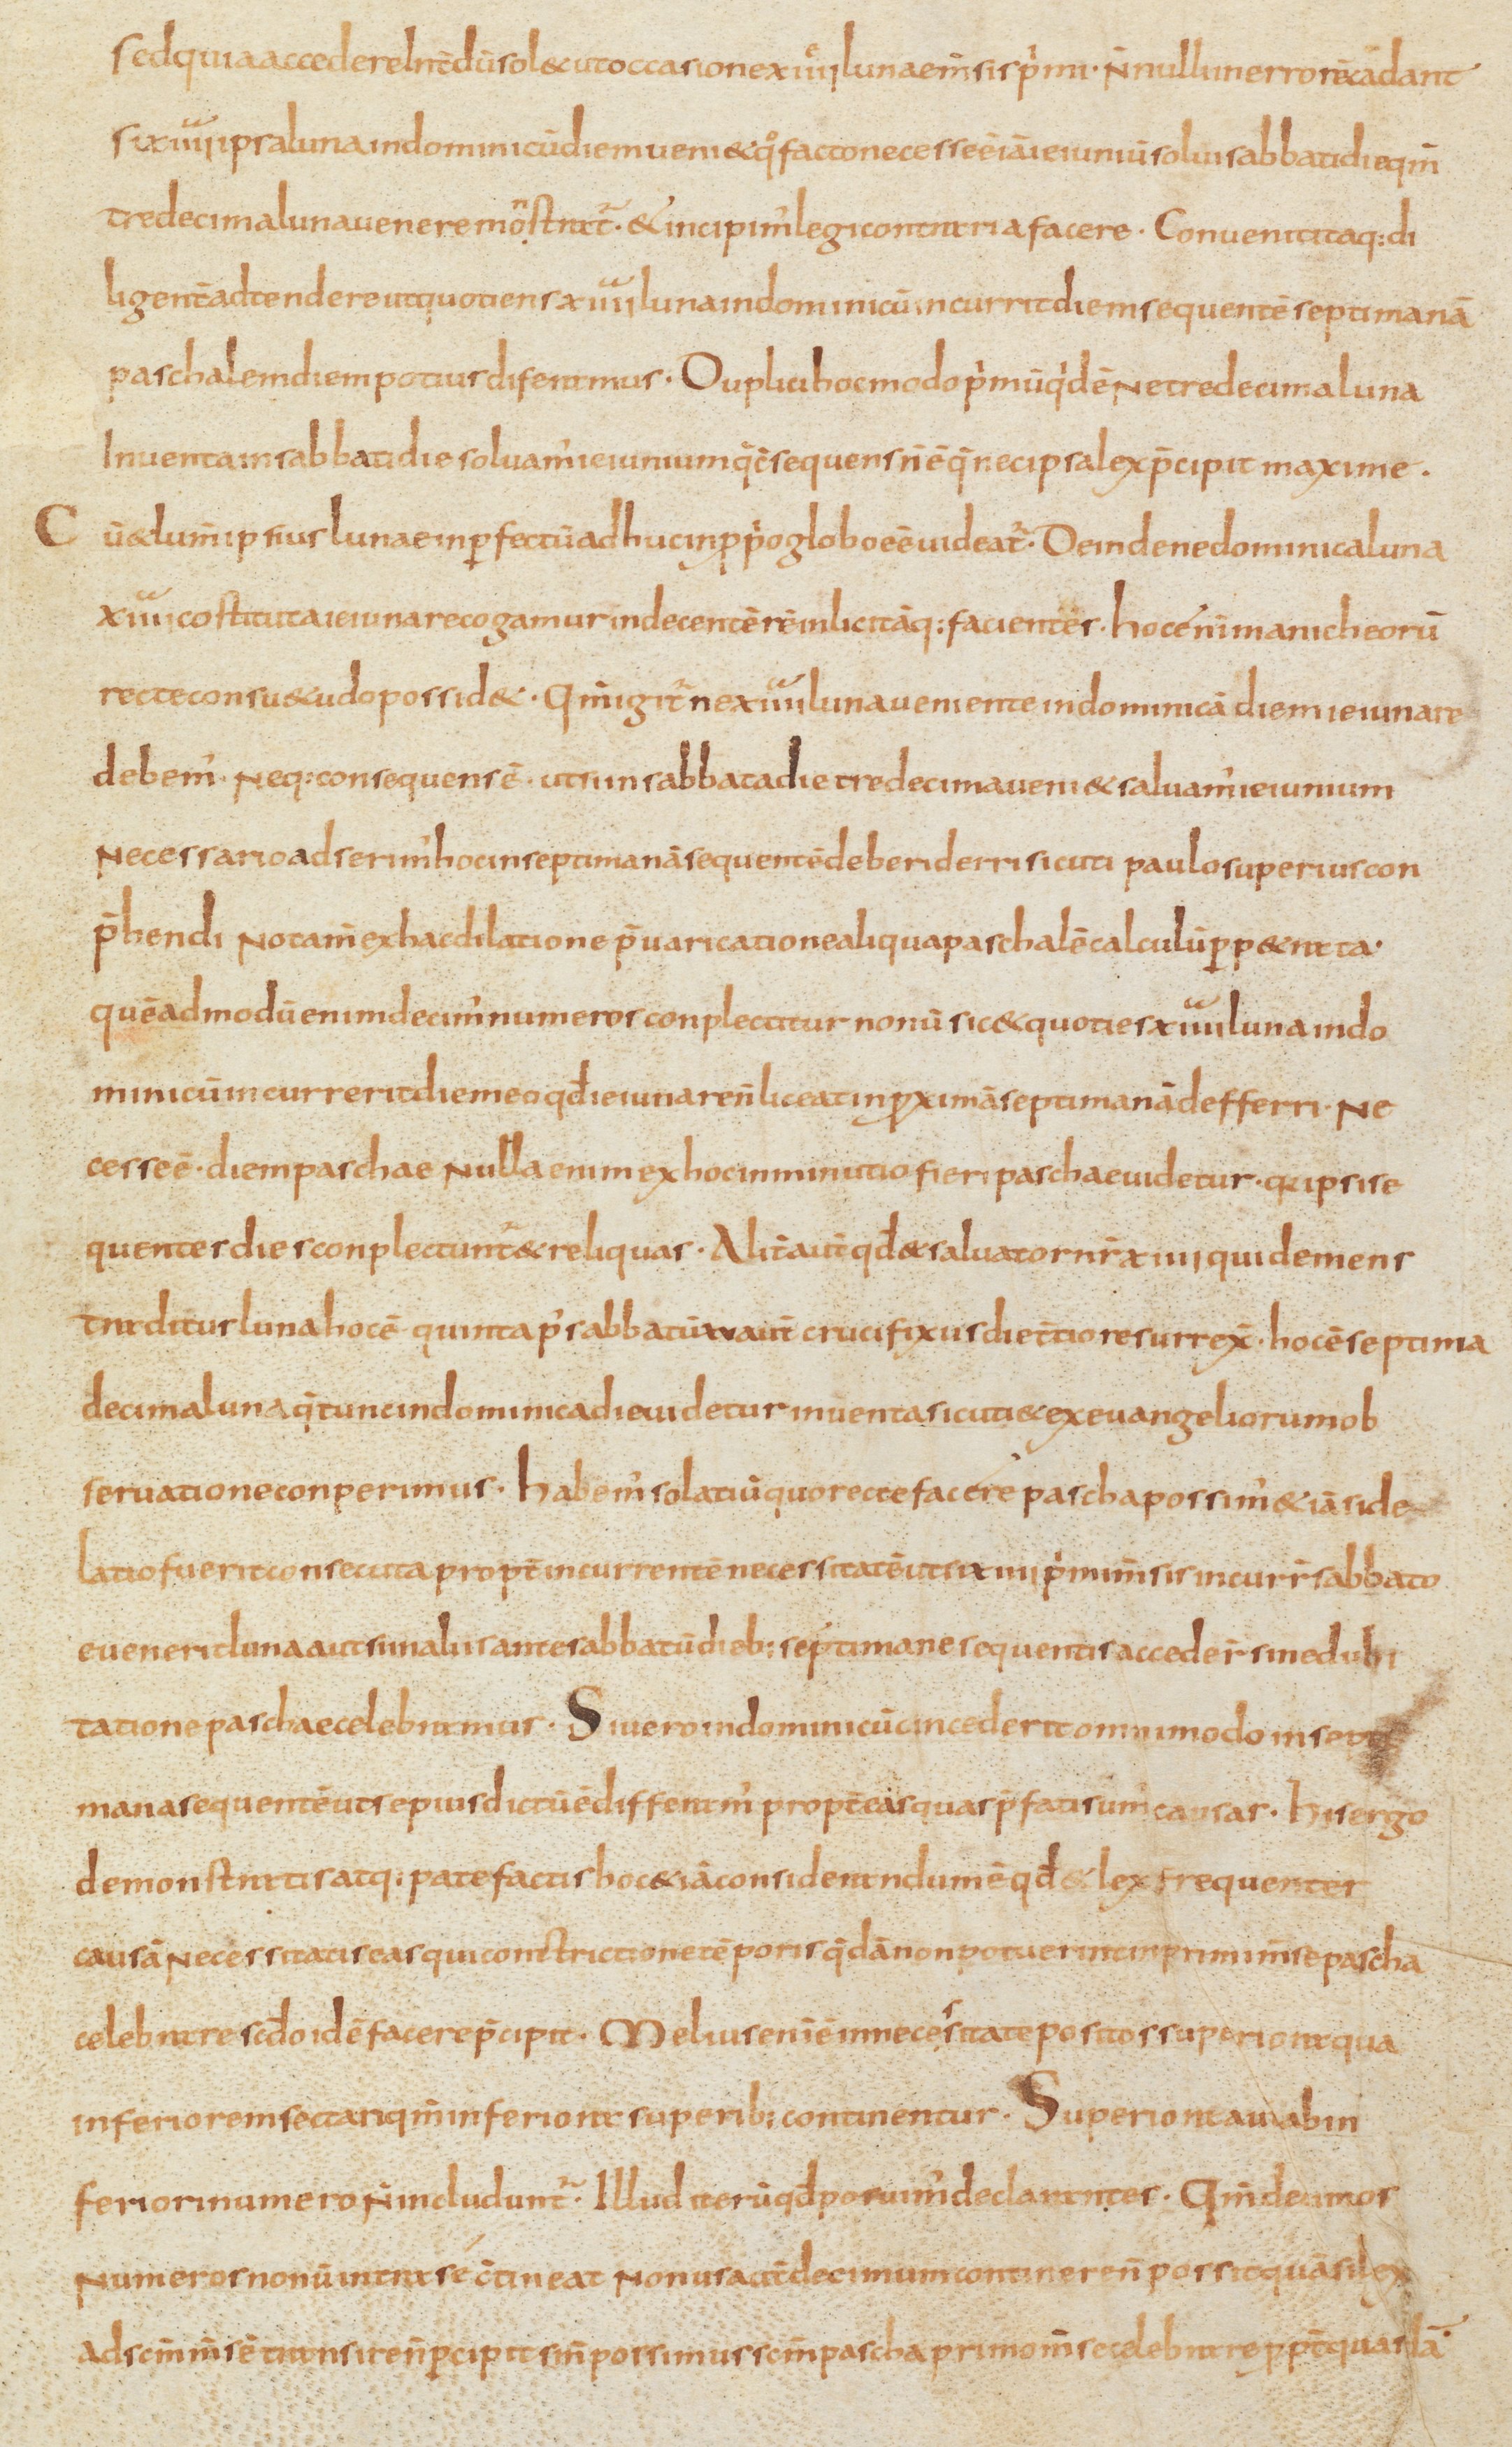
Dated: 810–840